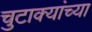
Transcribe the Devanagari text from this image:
चुटाक्यांच्या